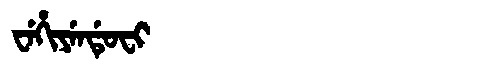
Manchu: ᠸᡝᡥᡳᠶᡝᠨᡩᡠᠸᡳ
Romanization: WEHIYENDUFI